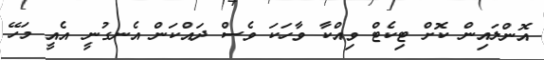
އޮންލައިން ކޮށް ޓިކެޓް ވިއްކާ ވާހަކަ ވެސް ދައްކަން އެނގުނީ އެއީ މަހޭ